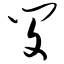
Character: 闵